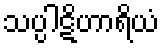
သပ္ပါဋိဟာရိယံ